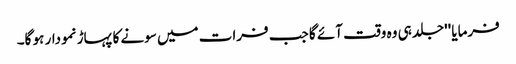
فرمایا ''جلد ہی وہ وقت آئے گا جب فرات میں سونے کا پہاڑ نمودار ہو گا۔